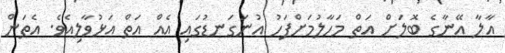
އާލާ އޭނާގެ ބޮލަށް އަތް މަހާލުމަށްފަހު އުނަގަނޑުގައި އެއް އަތް އަޅުވާލިއެވެ. އެތަން